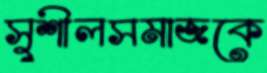
সুশীলসমাজকে